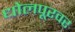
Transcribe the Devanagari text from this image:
धोलपूरवर